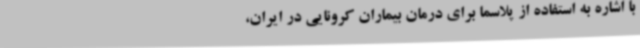
با اشاره به استفاده از پلاسما برای درمان بیماران کرونایی در ایران،